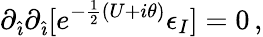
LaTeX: \partial_{\hat{\imath}}\partial_{\hat{\imath}}[e^{-\frac{1}{2}(U+i\theta)}\epsilon_{I}]=0\, ,